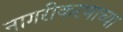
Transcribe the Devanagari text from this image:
नागरीकरणाच्या